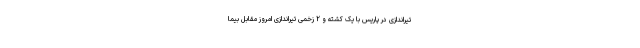
تیراندازی در پاریس با یک کشته و ۲ زخمی تیراندازی امروز مقابل بیما